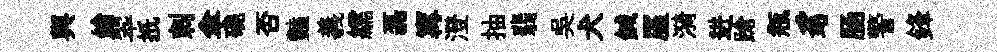
舆鎗翆扺剌傘磽否豔義繻磊𡩋澄抽翡吴犬鍼厪漪进蹌瓶豸肠警鋒